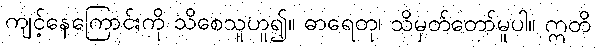
ကျင့်နေကြောင်းကို သိစေသူဟူ၍။ ဓာရေတု၊ သိမှတ်တော်မူပါ။ ဣတိ